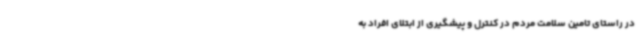
در راستای تامین سلامت مردم در کنترل و پیشگیری از ابتلای افراد به